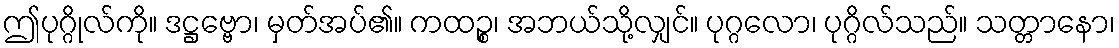
ဤပုဂ္ဂိုလ်ကို။ ဒဋ္ဌဗ္ဗော၊ မှတ်အပ်၏။ ကထဉ္စ၊ အဘယ်သို့လျှင်။ ပုဂ္ဂလော၊ ပုဂ္ဂိလ်သည်။ သတ္တာနော၊